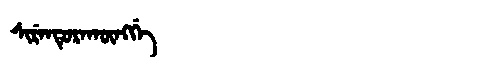
Manchu: ᠰᡳᡵᡝᠨᡨᡠᡵᠠᡴᡡᠩᡤᡝ
Romanization: SIRENTURAKŪNGGE